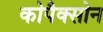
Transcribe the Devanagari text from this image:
कोपैक्सोन